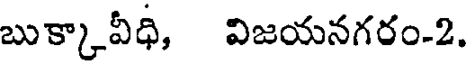
బుక్కావీధి, విజయనగరం-2.